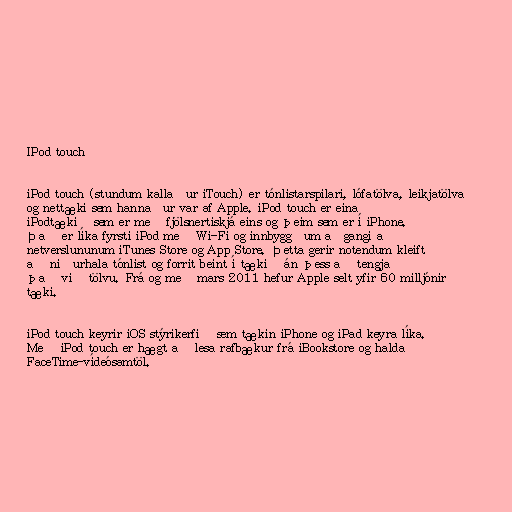
IPod touch

iPod touch (stundum kallaður iTouch) er tónlistarspilari, lófatölva, leikjatölva
og nettæki sem hannaður var af Apple. iPod touch er eina
iPodtækið sem er með fjölsnertiskjá eins og þeim sem er í iPhone.
Það er líka fyrsti iPod með Wi-Fi og innbyggðum aðgangi að
netverslununum iTunes Store og App Store. Þetta gerir notendum kleift
að niðurhala tónlist og forrit beint í tækið án þess að tengja
það við tölvu. Frá og með mars 2011 hefur Apple selt yfir 60 milljónir
tæki.

iPod touch keyrir iOS stýrikerfið sem tækin iPhone og iPad keyra líka.
Með iPod touch er hægt að lesa rafbækur frá iBookstore og halda
FaceTime-vídeósamtöl.